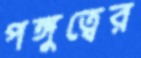
পঙ্গুত্বের